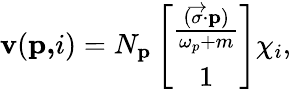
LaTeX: \mathbf{v}(\mathbf{{p,}}i)=N_{\mathbf{{p}}}\left[\begin{array}{c}{{\frac{(\overrightarrow{\mathbf{\sigma}}\mathbf{\cdot p})}{\omega_{p}+m}}}\\ {{1}}\end{array}\right]\chi_{i},